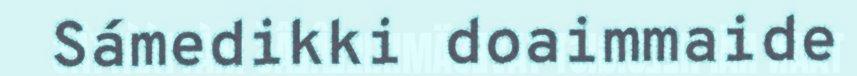
Sámedikki doaimmaide